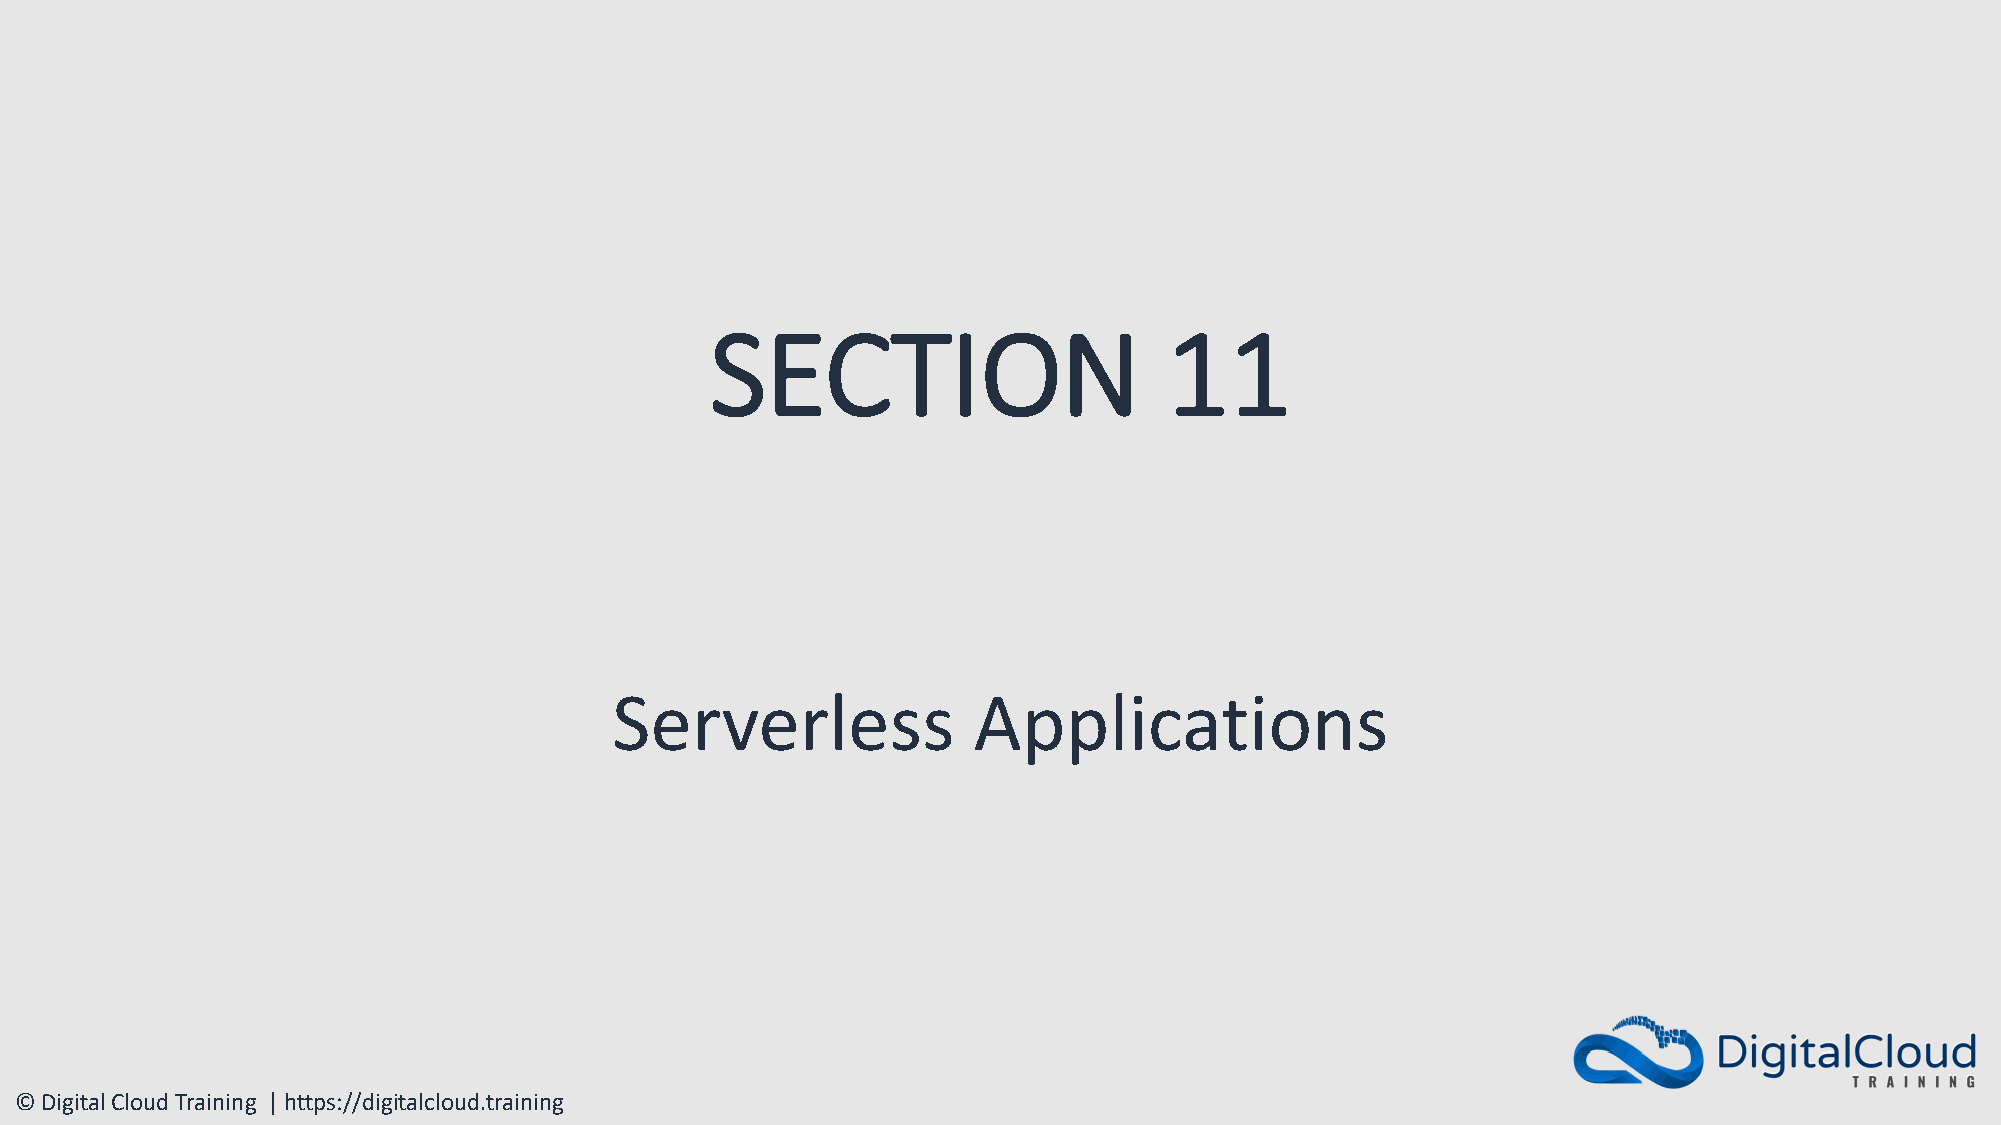
SECTION                       11
 Serverless             Applications
 © Digital Cloud Training | https://digitalcloud.training